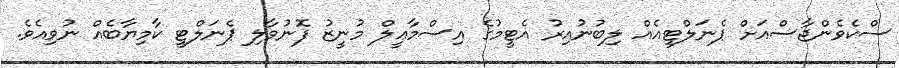
ސްކެވެންޖާސްއަށް ޕެނަލްޓީއެއް ލިބުނުއިރު އެޓީމުގެ އިސްމާޢީލް މުނީޒު ފޮނުވާލި ޕެނަލްޓީ ކާމިޔާބެއް ނުވިއެވެ.